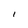
Character: l